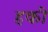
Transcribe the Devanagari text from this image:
हकी